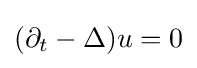
(\partial _{t}-\Delta )u=0